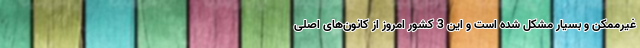
غیرممکن و بسیار مشکل شده است و این 3 کشور امروز از کانون‌های اصلی